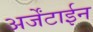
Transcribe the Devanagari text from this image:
अर्जेंटाईन